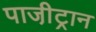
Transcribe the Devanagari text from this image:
पाजी़ट्रान